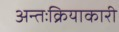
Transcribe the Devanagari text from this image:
अन्तःक्रियाकारी